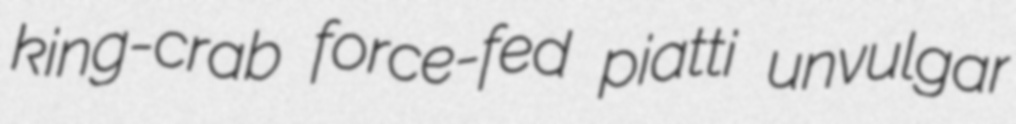
king-crab force-fed piatti unvulgar